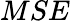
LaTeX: MSE